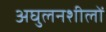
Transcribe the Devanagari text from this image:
अघुलनशीलों